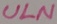
Text: ULN